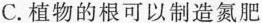
C.植物的根可以制造氮肥